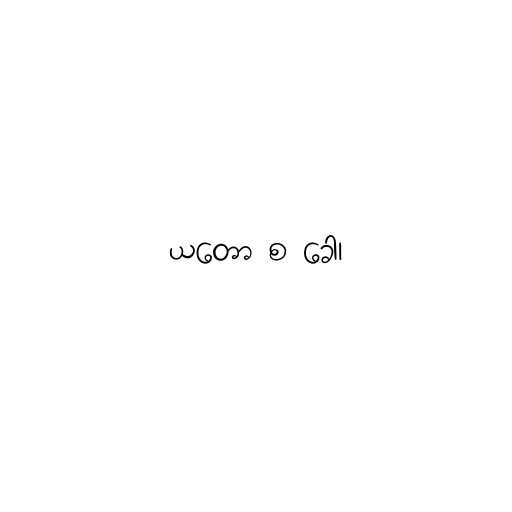
ယတော စ ခေါ၊